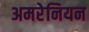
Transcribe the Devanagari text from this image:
अमरेनियन